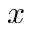
x